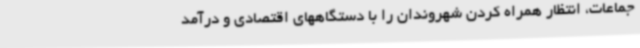
جماعات، انتظار همراه کردن شهروندان را با دستگاههای اقتصادی و درآمد